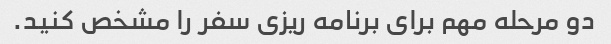
دو مرحله مهم برای برنامه ریزی سفر را مشخص کنید.